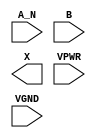
module sky130_fd_sc_hs__and2b (
    //# {{data|Data Signals}}
    input  A_N ,
    input  B   ,
    output X   ,

    //# {{power|Power}}
    input  VPWR,
    input  VGND
);
endmodule